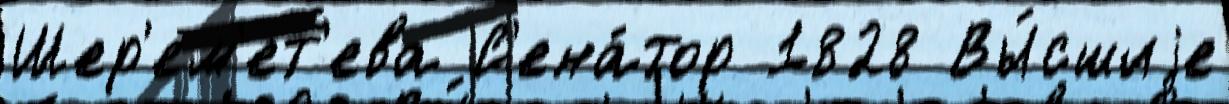
Шер'ем'ет'ева С'ена́тор 1828 Вы́сшиjе